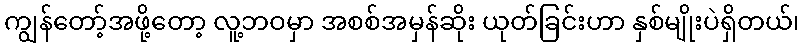
ကျွန်တော့်အဖို့တော့ လူ့ဘဝမှာ အစစ်အမှန်ဆိုး ယုတ်ခြင်းဟာ နှစ်မျိုးပဲရှိတယ်၊